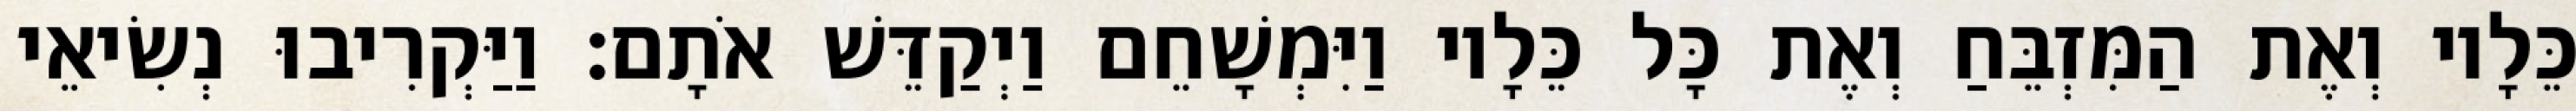
כֵּלָיו וְאֶת הַמִּזְבֵּחַ וְאֶת כָּל כֵּלָיו וַיִּמְשָׁחֵם וַיְקַדֵּשׁ אֹתָם׃ וַיַּקְרִיבוּ נְשִׂיאֵי